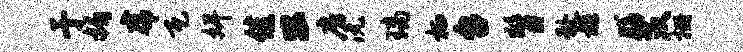
于媚虎瓦婢佳公房沅璃栖台瞥赴髓膳茨栅